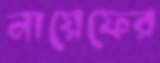
নায়েফের